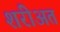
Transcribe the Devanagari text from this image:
शरीअत